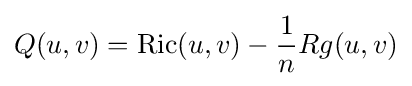
Q(u,v)=\operatorname {Ric} (u,v)-{\frac {1}{n}}Rg(u,v)